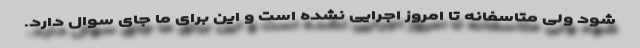
شود ولی متاسفانه تا امروز اجرایی نشده است و این برای ما جای سوال دارد.